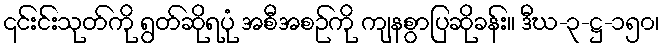
၎င်းင်းသုတ်ကို ရွတ်ဆိုရပုံ အစီအစဉ်ကို ကျနစွာပြဆိုခန်း။ ဒီဃ-၃-ဋ္ဌ-၁၅၀၊